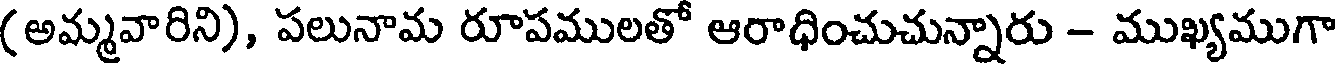
(అమ్మవారిని), పలునామ రూపములతో ఆరాధించుచున్నారు - ముఖ్యముగా